Annual administration report of the Civil Veterinary Department of India - 1908-1909
Year: 1908
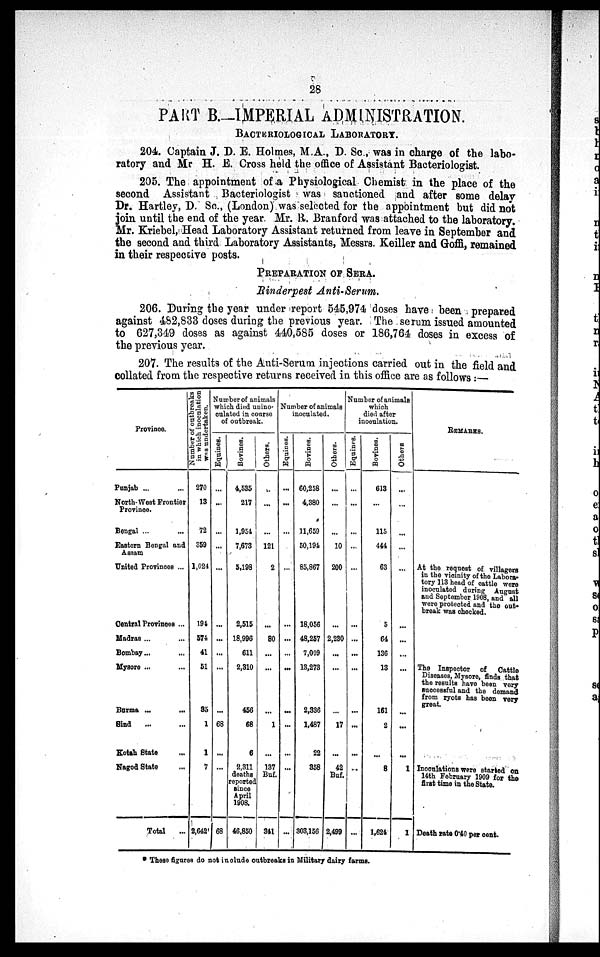
28
PART B.-IMPERIAL ADMINISTRATION.
BACTERIOLOGICAL LABORATORY.
204. Captain J. D. E. Holmes, M.A., D. Sc., was in charge of the labo-
ratory and Mr H. E. Cross held the office of Assistant Bacteriologist.
205. The appointment of a Physiological Chemist in the place of the
second Assistant Bacteriologist was sanctioned and after some delay
Dr. Hartley, D. Sc., (London) was selected for the appointment but did not
join until the end of the year. Mr. R. Branford was attached to the laboratory.
Mr. Kriebel, Head Laboratory Assistant returned from leave in September and
the second and third Laboratory Assistants, Messrs. Keiller and Goffi, remained
in their respective posts.
PREPARATION OF SERA.
Rinderpest Anti-Serum.
206. During the year under report 545,974 doses have been prepared
against 482,833 doses during the previous year. The serum issued amounted
to 627,349 doses as against 440,585 doses or 186,764 doses in excess of
the previous year.
207. The results of the Anti-Serum injections carried out in the field and
collated from the respective returns received in this office are as follows:—
Province.
Punjab ... ...
North-West Frontier
Province.
Bengal ... ...
Eastern Bengal and
Assam
United Provinces ...
Central Provinces ...
Madras ... ...
Bombay ... ...
Myaore ... ...
Burma ... ...
Bind ... ...
Kotah State ...
Nagod State ...
Total
...
Number of outbreaks
in which inoculation
was undertaken.
270
13
72
359
1,024
194
574
41
51
85
1
1
7
2,642
Number of animals
which died unino-
culated in course
of outbreak.
Equines.
...
...
...
...
...
...
...
...
...
...
68
...
...
68
Bovines.
4,535
217
1,954
7,673
5,198
2,515
18,996
611
2,310
456
68
6
2,311
deaths
reported
since
April
1908.
46,850
Others.
...
...
...
121
2
...
80
...
...
...
1
...
137
Buf.
341
Number of animals
inoculated.
Equines.
...
...
...
...
...
...
...
...
...
...
...
...
...
Bovines.
60,258
4,380
11,659
50,194
85,867
18,056
48,257
7,009
13,273
2,336
1,487
22
358
303,156
Others.
...
...
...
10
200
...
2,230
...
...
...
17
...
42
Buf.
2,499
Number of animals
which
died after
inoculation.
Equines.
...
...
...
...
...
...
...
...
...
...
...
...
...
...
Bovines.
613
...
115
444
63
5
64
136
13
161
2
...
8
1,624
Others
...
...
...
...
...
...
...
...
...
...
...
...
1
1
REMARKS.
At the request of villagers
in the vicinity of the Labora-
tory 113 head of cattle were
inoculated during August
and September 1908, and all
were protected and the out-
break was checked.
The Inspector of
Cattle
Diseases, Mysore, finds that
the results have been very
suocestful and the demand
from ryots has been very
great.
Inoculations were started on
14th February 1909 for the
first time in the State.
Death rate 0.40 per cent.
* These figures do not include outbreaks in Military dairy farms.